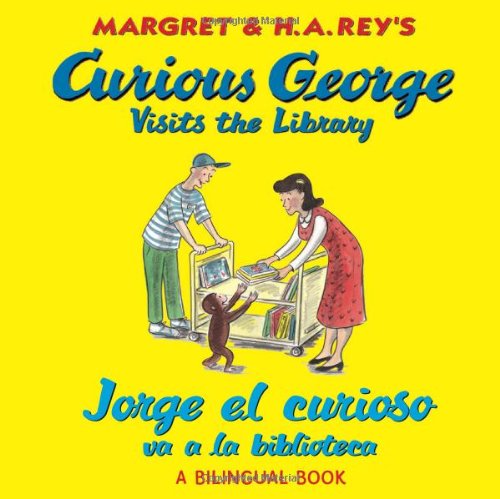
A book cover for Jorge el curioso va a la biblioteca/Curious George Visits the Library (bilingual edition) (Spanish and English Edition); H. A. Rey; Children's Books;